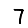
Digit: 7